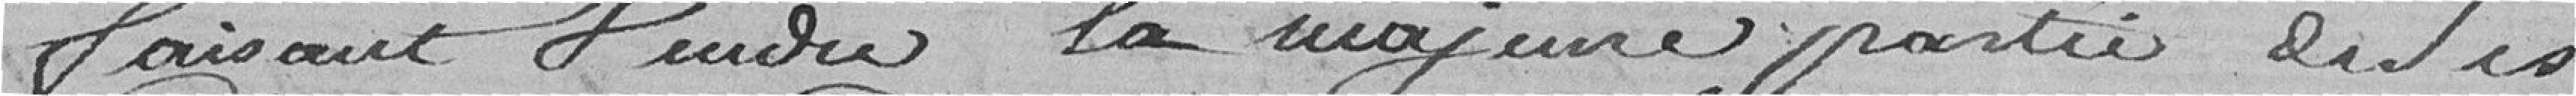
faisant vendre la majeure partie de ses